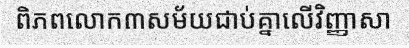
ពិភពលោក៣សម័យជាប់គ្នាលើវិញ្ញាសា